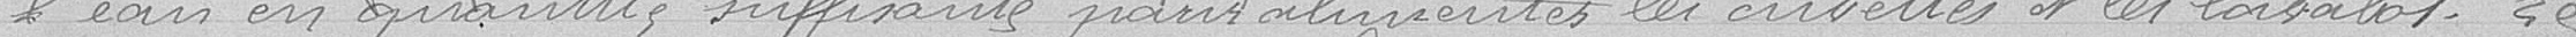
l'eau en quantité suffisante pour alimenter les cuvettes et les lavabos. Le